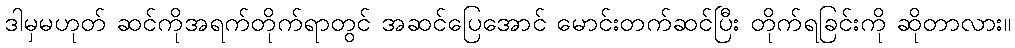
ဒါမှမဟုတ် ဆင်ကိုအရက်တိုက်ရာတွင် အဆင်ပြေအောင် မောင်းတက်ဆင်ပြီး တိုက်ရခြင်းကို ဆိုတာလား။